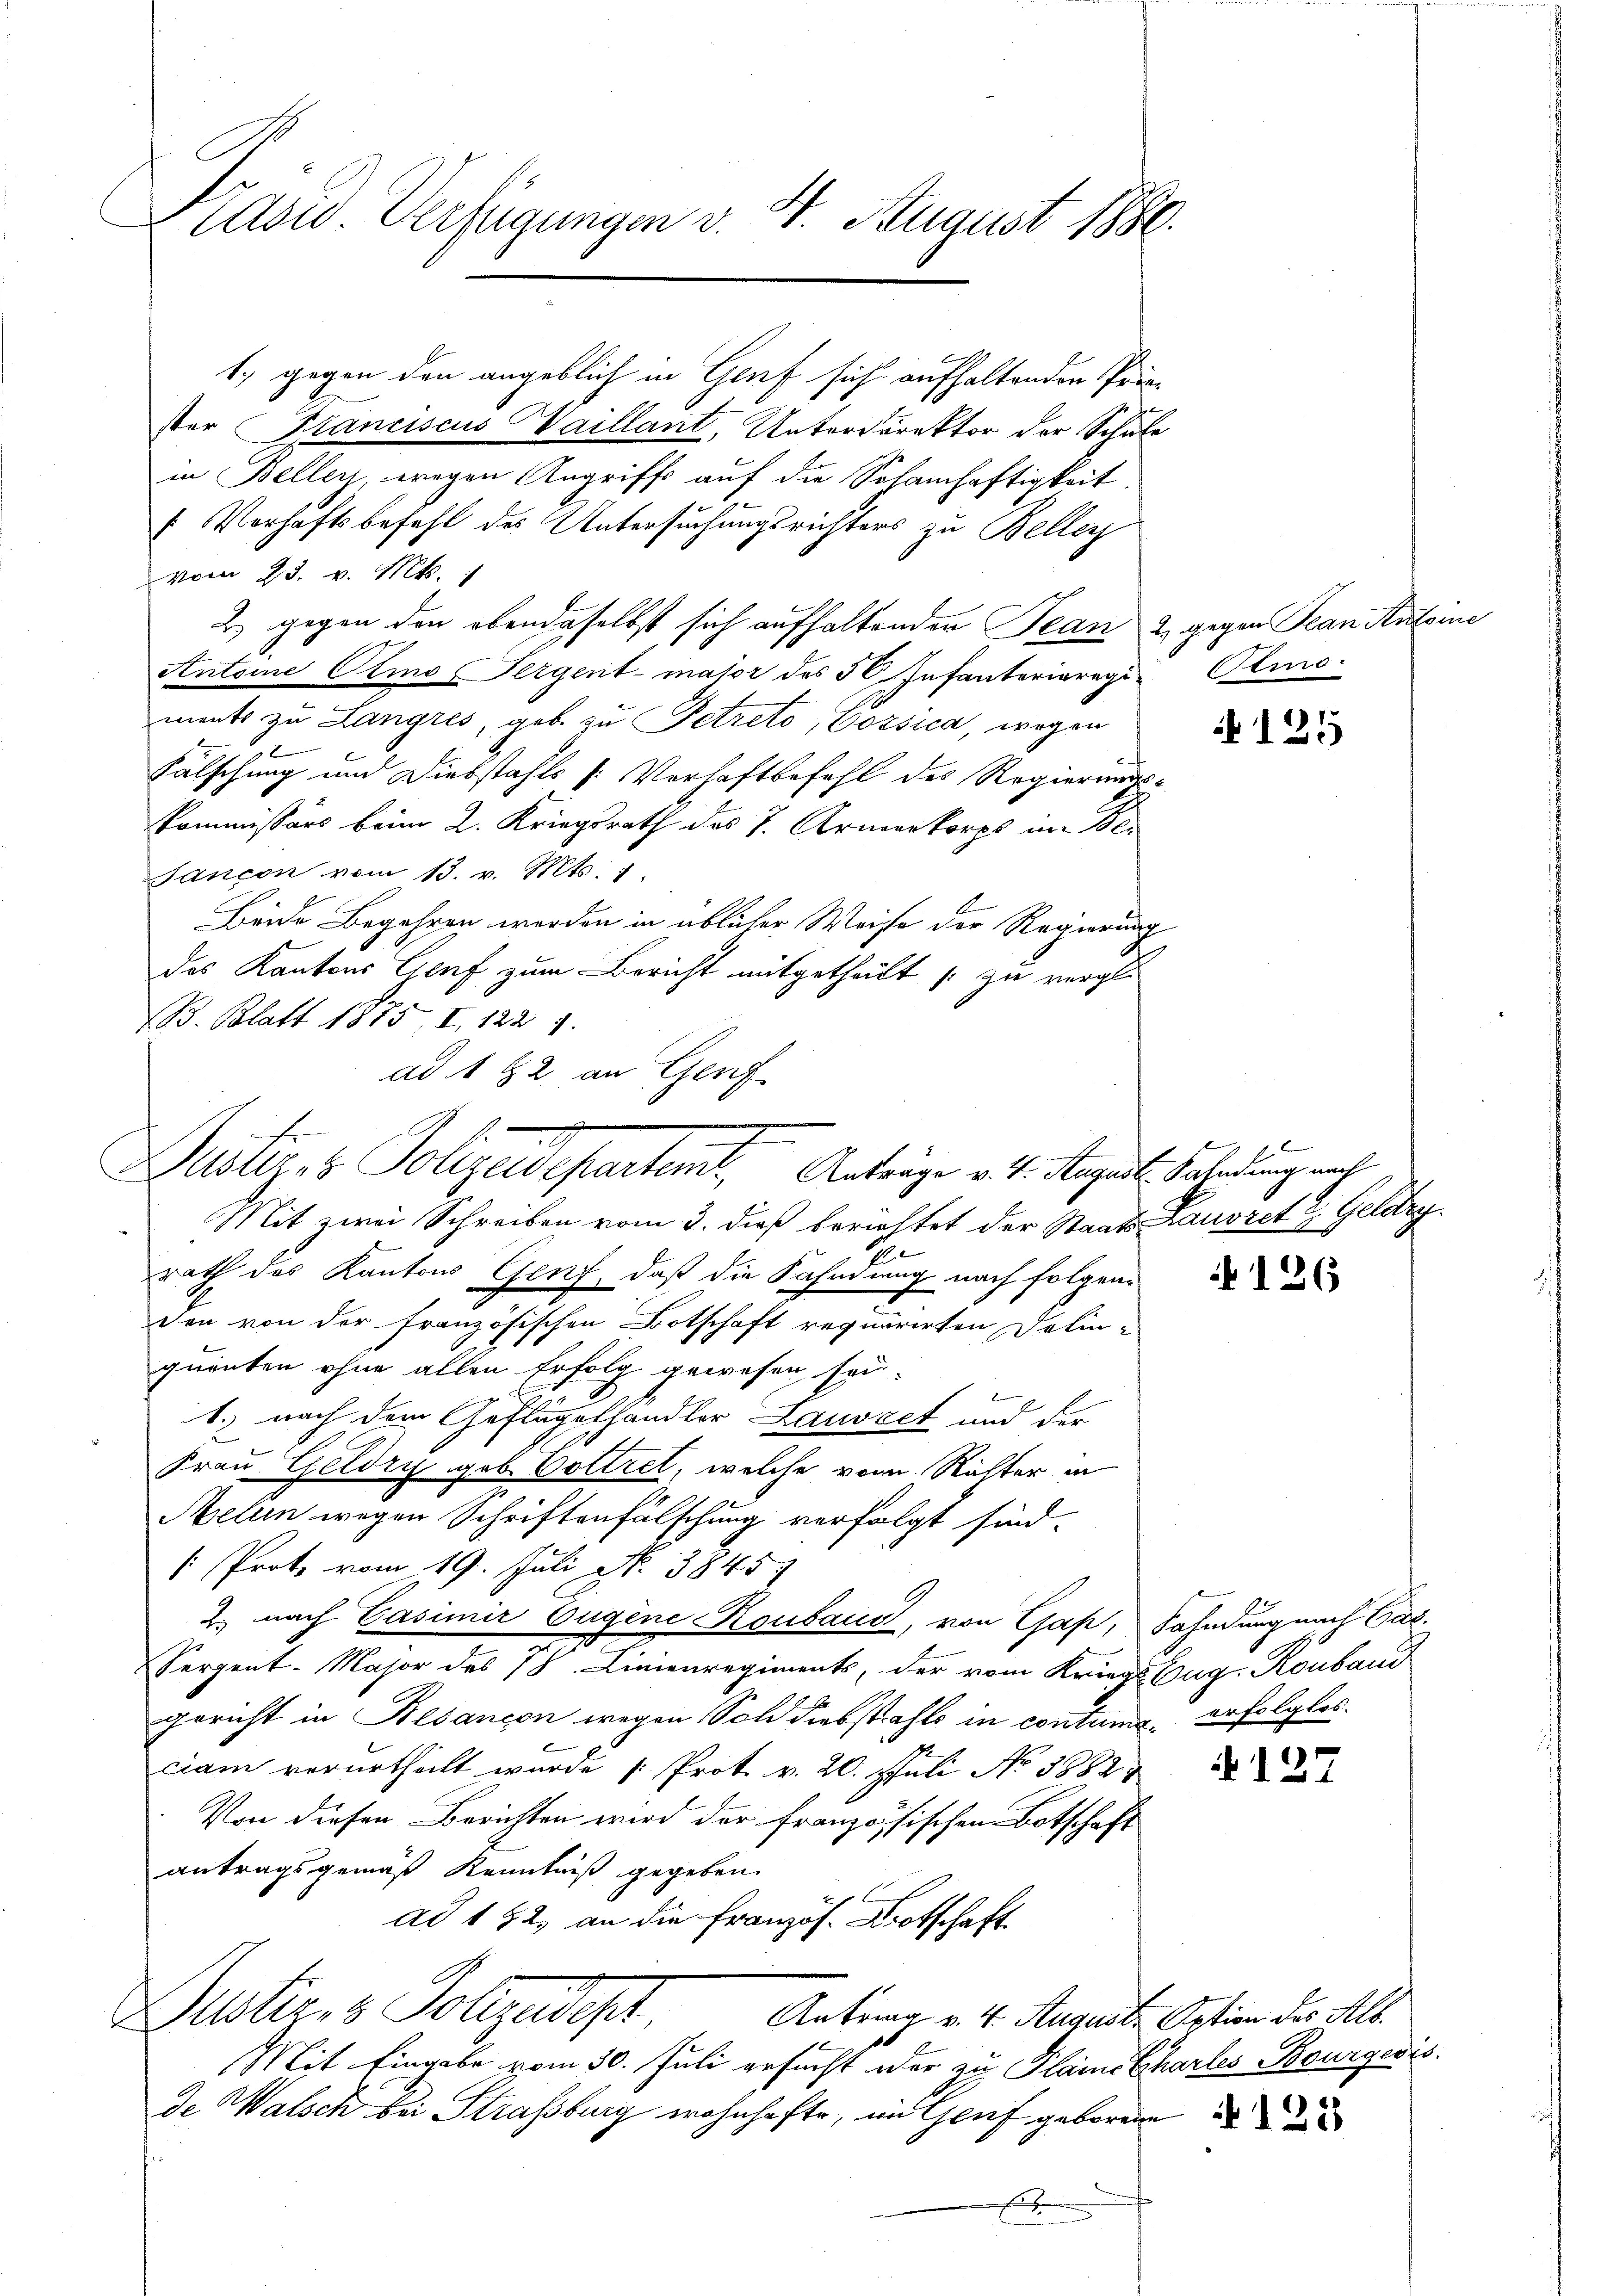
Präsid Verfügungen v. 4. August 1880

1.) gegen den angeblich in Genf sich aufhaltenden Priester Planciscus Waillant, Unterdirektor der Schule
in Bellen, wegen Angriff auf die Sohamhaftigkeit.
Verhaftsbefehl des Untersuchungsrichters zu Bellen
vom 23. v. Mts.
2) gegen den obendaselbst sich aufhaltenden Jean 2 gegen Plan Antoine
Antsine Otmo Pergent-mator des 50. Infanterieregia Olio.
ments zu Langres, geb. zu Petreto, Vorsica, wegen
Fälschung und Diebstahls [Verhaftbefehl des Regierungs-
Kommissärs beim 2. Kriegsrath des 7. Armenkorps im Kli
Jancon vom 13. v. Mts. 1.
Beide Begehren werden in üblicher Weise der Regierung
das Kantons Genf zum Bericht mitgetheilt zu vergl.
B. Blatt 1875, I. 122 1
ad 192 an Genf
Mit zwei Schreiben vom 3. dieß berichtet der Staats- Lauvret & Geldryrath des Kantons Genf, daß die Fahndung nach folgenden von der französischen Botschaft requirirten Delin-
quenten ohne allen Erfolg gewesen sei.
1.) nach dem Geflügelhandler Lausact und der
Frau Geldry geb. Voltzet, welche von Richter in
Melern wegen Schriftenfälschung verfolgt sind.
Prote vom 19. Juli N. 3845
2. nach Casimir Eugene Konbaus, von Cap, Fahndung nach Car
Serpent. Major des 18. Linienregiments, der vom KriegsEug-Ronband
Gericht in Besançon wegen Soll diebstahls in contume, erfolglos.
ciam verurtheilt wurde [Prot. v. 20. Juli No 3882
Von diesen Berichten wird der französischen Botschaft
antragsgemäß Kenntniß gegeben.
ad 192, an die Französ. Brotschaft
Multiers Vollzudpr.
Antrag v. 4. August. Option des Alb.
Mit Eingabe vom 30. Juli ersucht oder zu Plaidschartes Bourgeris
de Walsch bei Straßburg wohnhafte, im Genf geborene
E

Justiges Polizeideparten, Antrage v. 4. Kapel. Sandlung nach

e

125

b

126

i 127

122